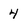
Character: 4